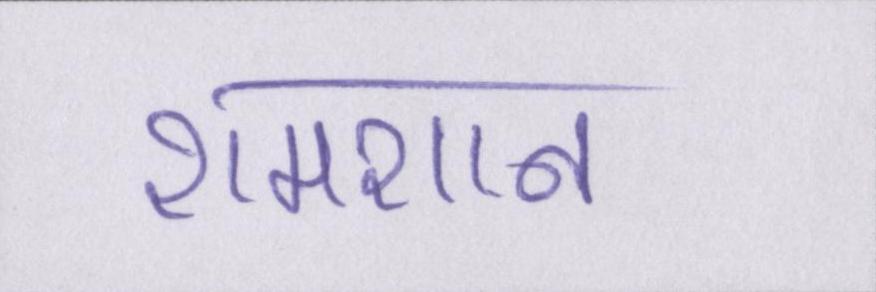
शमशान